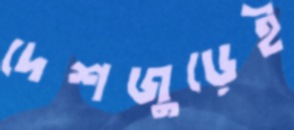
দেশজুড়েই